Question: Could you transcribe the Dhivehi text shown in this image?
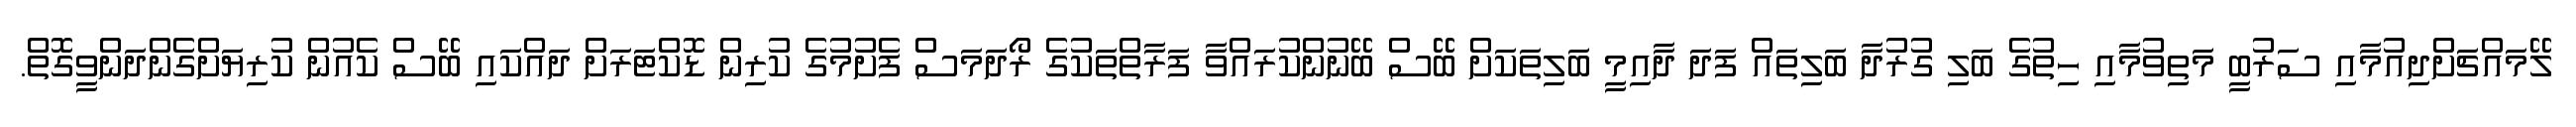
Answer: ލޭމައްޗަށްދިއުމާއި ސަރުބީ މަތިވުމާއި ހިތުގެ ބަލި ގުރުދާ ބަލިތައް ފަދަ ދާއިމީ ބަލިތަކަށް ބޭސް ބޭނުންކުރައްވާ ފަރާތްތަކުގެ ރޯދަމަސް ފެށުމުގެ ކުރިން ޑޮކްޓަރަށް ދައްކައި ބޭސް ކެއުން ކުރިޔަށްގެންދަންވީގޮތް.